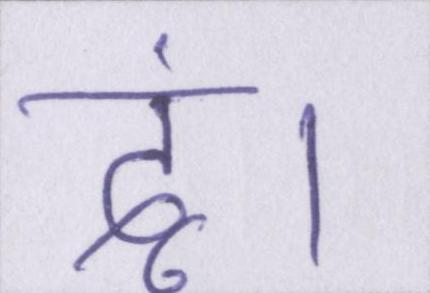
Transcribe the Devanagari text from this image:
दूं।